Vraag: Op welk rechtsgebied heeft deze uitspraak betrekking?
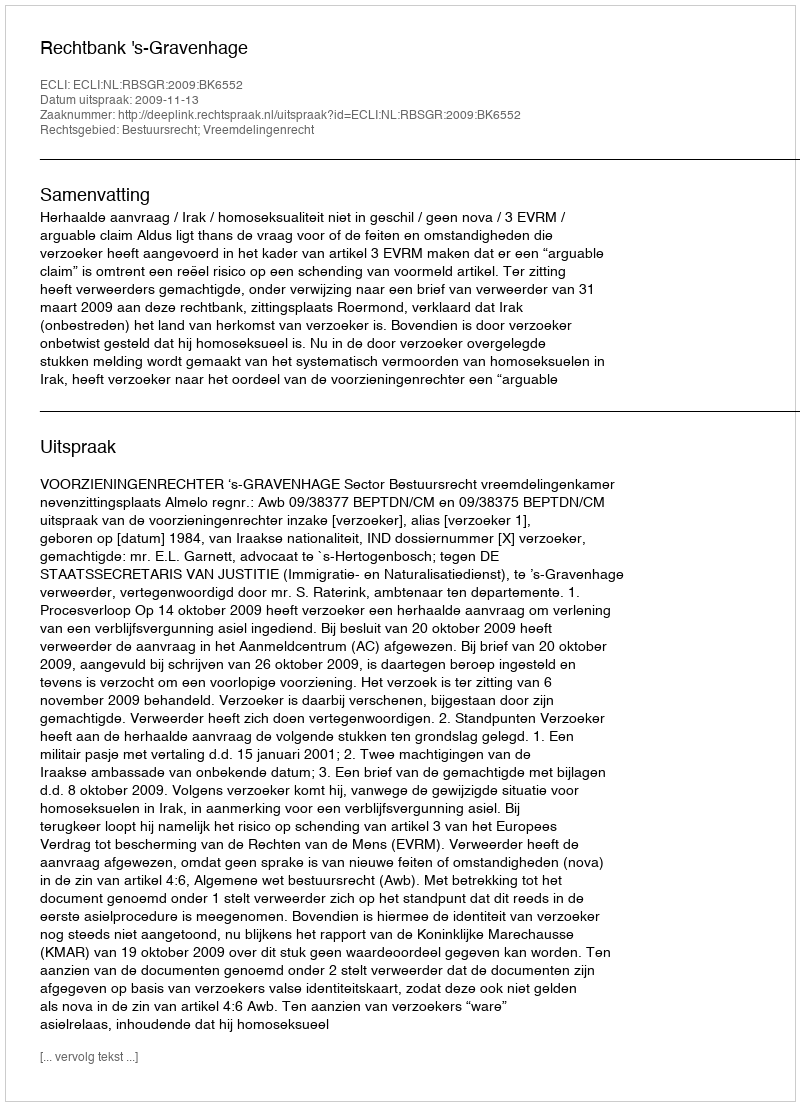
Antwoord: Bestuursrecht; Vreemdelingenrecht